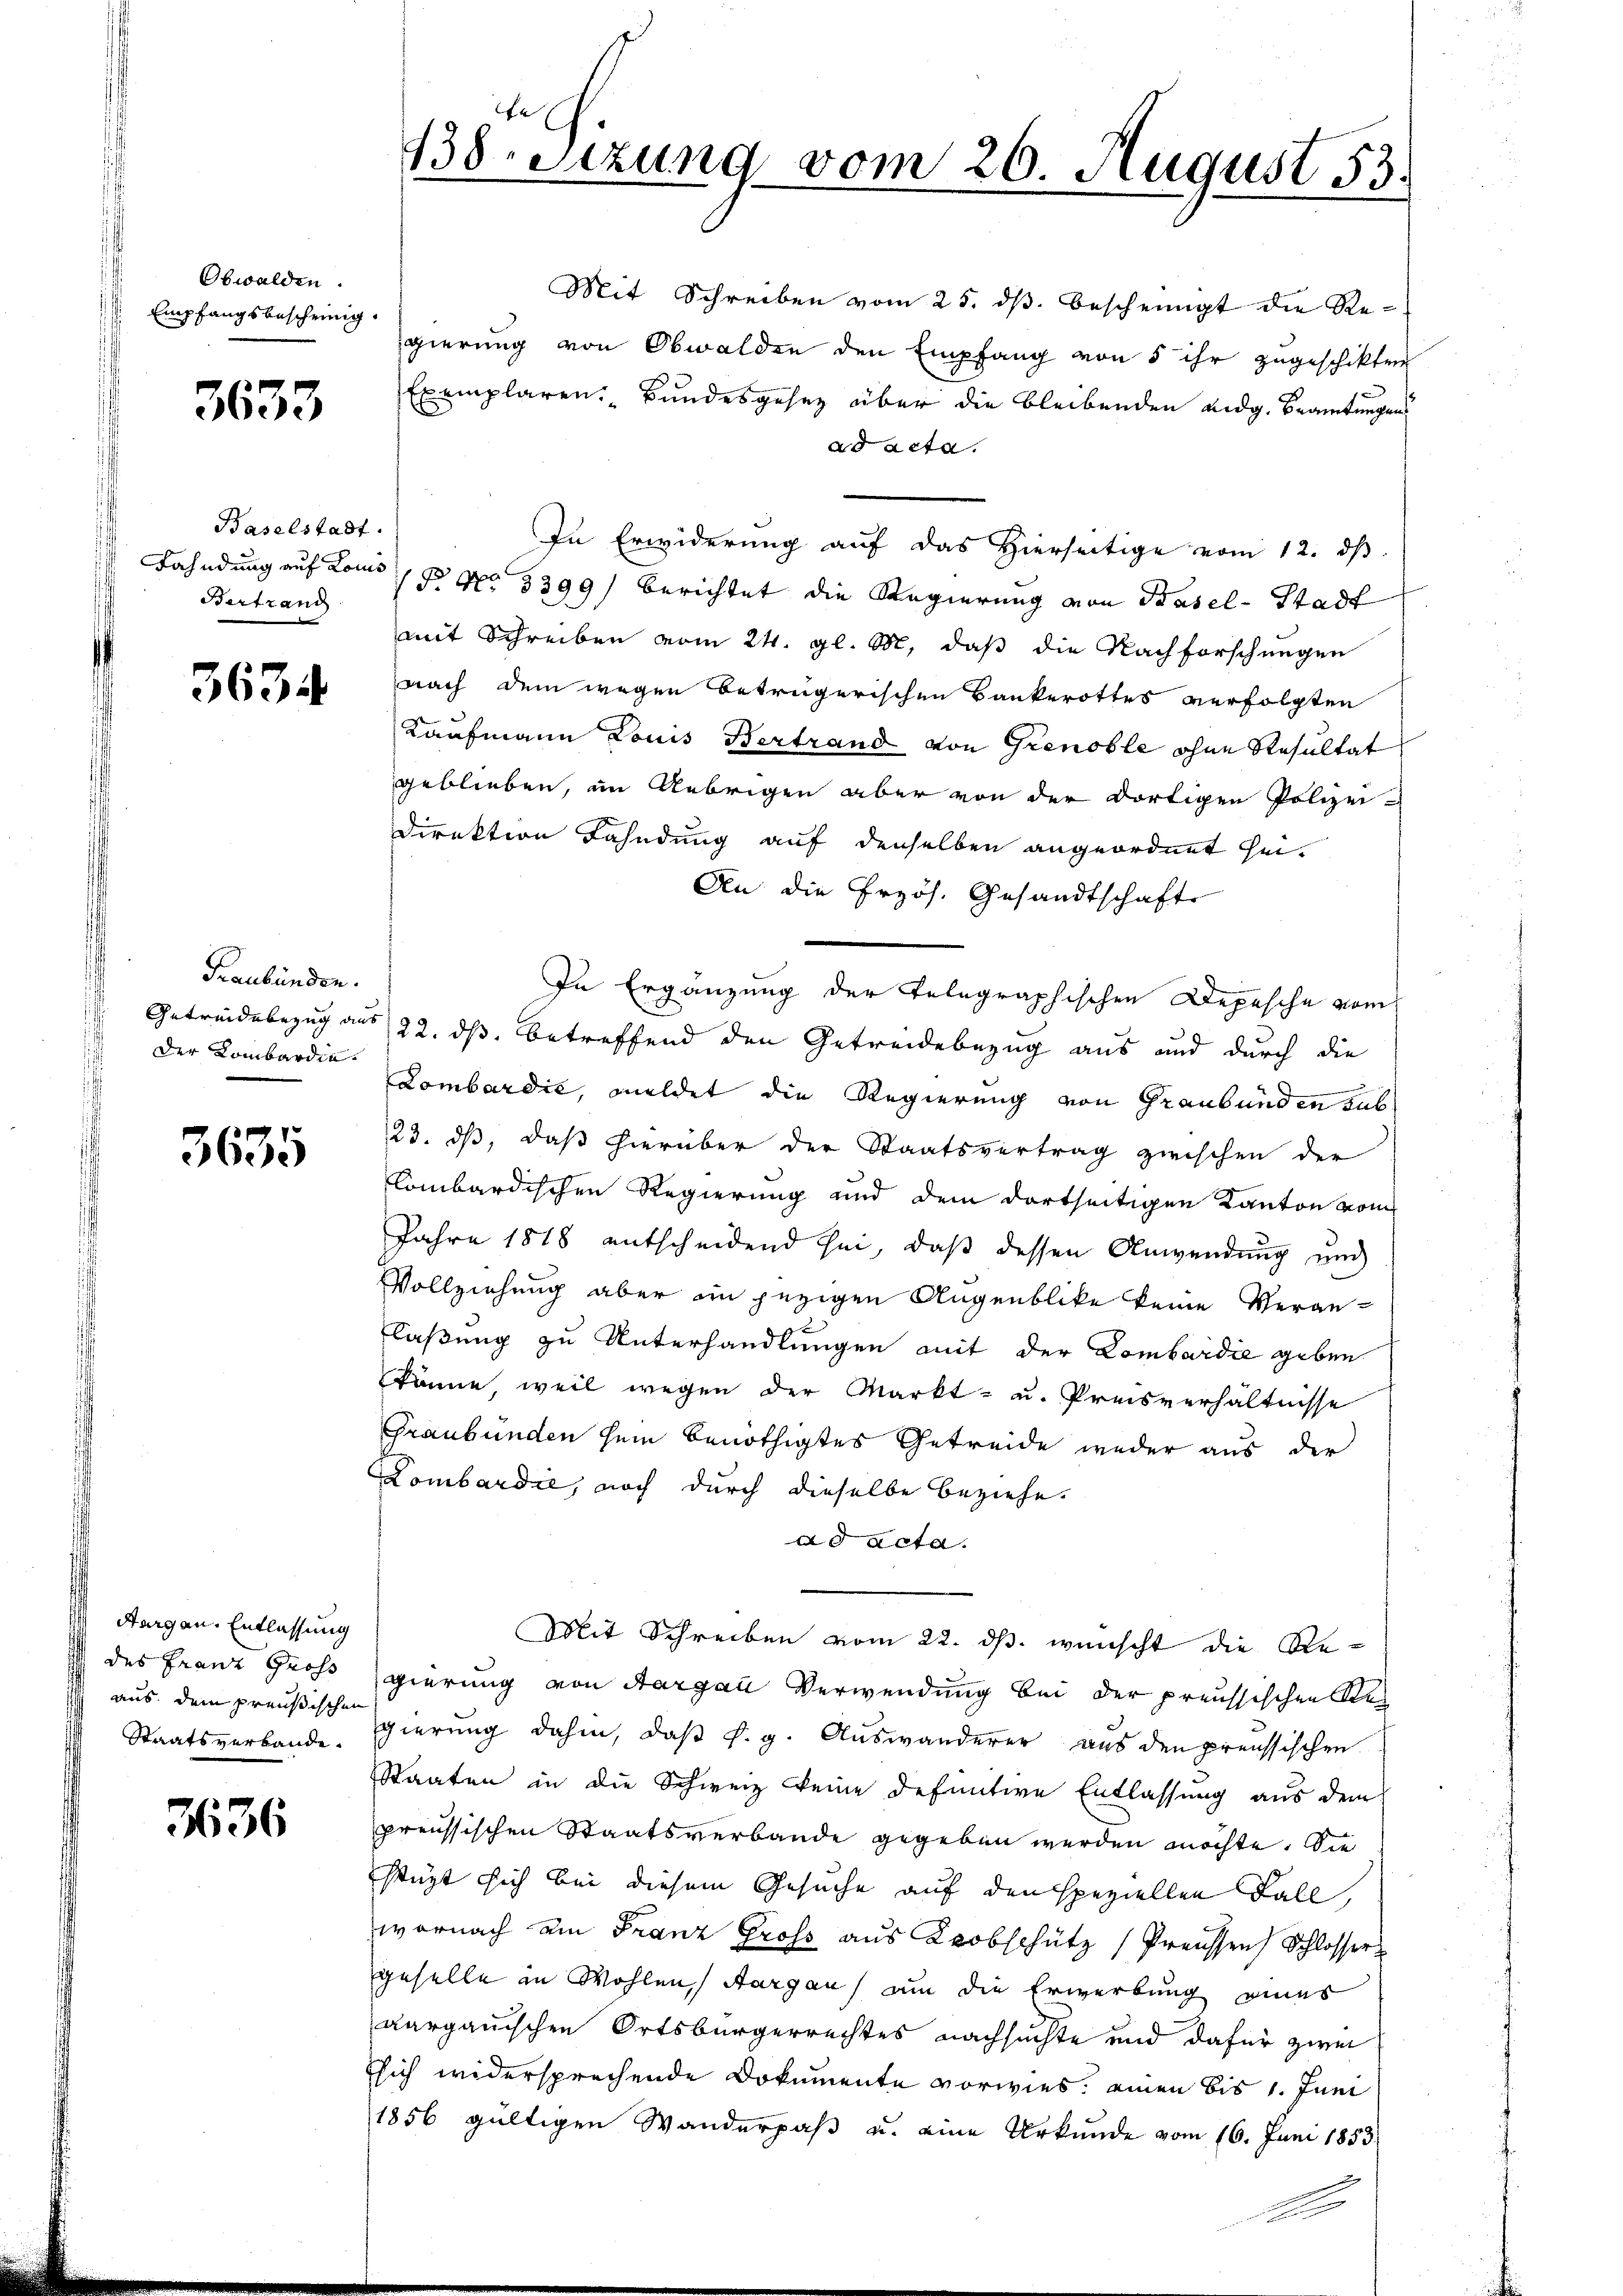
Obwalden.
Empfangsbescheinig

3633

Baselstadt.
Bertrand

3634

Graubünden.
Der Lombardin

3635

Aargau. Entlassung
I des Franz Gross
aus. Dem preußischen
Staatsverbande.

3636

Mit Schreiben vom 25. dβ bescheinigt die Regierung von Obwalden den Empfang von 5 ihr zugeschikten
Exemplaren Bundesgesetz über die bleibenden eidg. Beamtungen
ad acta.
In Erwiderung auf das Hierseitige vom 12. dβ
Fahndung auf Komp No 3399/ berichtet die Regierung von Basel-Stadt
mit Schreiben vom 24. gl. M., daß die Nachforschungen
nach dem wegen betrügerischen Bankerottes verfolgten
Kaufmann Louis Bertrand von Grenoble ohne Resultat
geblieben, im Uebrigen aber von der dortigen Polizei-
Direktion Fahndung auf denselben angeordnet hei¬
An die Przös. Gesandtschafts
In Ergänzung der Telegraphischen Depesche vom
Getreidebezug aus 22. ds. betreffend den Getreidebezug aus und durch die
Lombardić, meldet die Regierung von Graubünden sub
123. ds, daß hierüber der Staatsvertrag zwischen der
lombardischen Regierung und dem dortseitigen Kanton vom
Jahre 1818 entscheidend sei, daß dessen Anwendung und
Vollziehung aber in jezigen Augenblike keine Vergelaßung zu Unterhandlungen mit der Lombardie geben
könne, weil wegen der Markt- u. Preisverhältnisse
Graubünden sein benöthigtes Getreide weder aus der
Lombardie, noch durch dieselbe beziehe.
ad acta
Mit Schreiben vom 22. ds. wünscht die Regierung von Aargau Verwendung bei der preussischen Rec
gierung dahin, daß s. g. Auswanderer aus den preussischen
Staaten in die Schweiz keine definitive Entlassung aus dem
preussischen Staatsverbande gegeben werden möchte. Sie
stüzt sich bei diesem Gesuche auf den speziellen Fall,
wornach am Franz Gross aus obschütz /Preussen Schlosser
geselle in Wohlen, Aargau am die Erwerbung eines
aargauischen Ortsbürgerrechtes nachsuchte und dafür zwei
sich widersprechende Dokumente vorwies. einen bis 1. Juni
1856 gültigen Wanderpaß u. eine Urkunde vom 16. Juni 1853
l

18etzung vom 26. August 53.